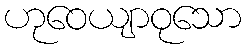
ဟုဝေယျာဝုသော